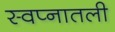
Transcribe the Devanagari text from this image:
स्वप्नातली